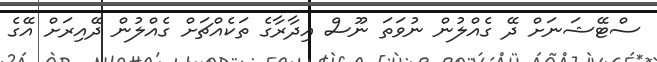
ސްޓޭޝަނަށް ދޭ ގެއްލުން ނުވަތަ ނޫސް އިދާރާގެ ތަކެއްޗަށް ގެއްލުން ދޭއިރަށް އޭގެ